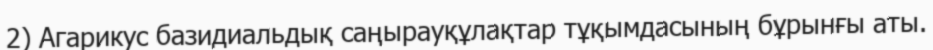
2) Агарикус базидиальдық саңырауқұлақтар тұқымдасының бұрынғы аты.